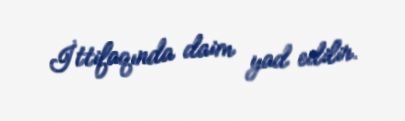
İttifaqında daim yad edilir.